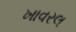
ખાવરલ